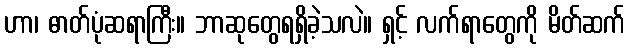
ဟာ၊ ဓာတ်ပုံဆရာကြီး။ ဘာဆုတွေရရှိခဲ့သလဲ။ ရှင့် လက်ရာတွေကို မိတ်ဆက်